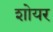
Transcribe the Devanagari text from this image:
शोयर